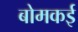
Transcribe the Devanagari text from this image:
बोमकई